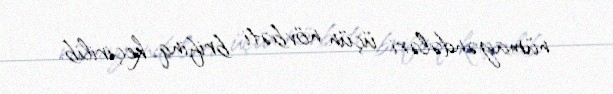
nümayəndələri üçün növbəti brifinq keçirilib.